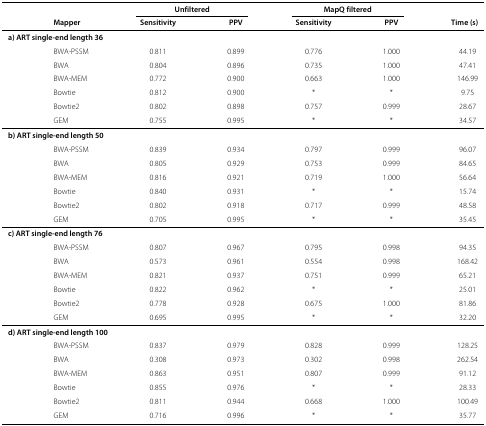
<table><thead><tr><td><b> </b></td><td><b> </b></td><td colspan="2"><b>Unfiltered</b></td><td colspan="2"><b>MapQ filtered</b></td><td><b> </b></td></tr><tr><td><b> </b></td><td><b>Mapper</b></td><td><b>Sensitivity</b></td><td><b>PPV</b></td><td><b>Sensitivity</b></td><td><b>PPV</b></td><td><b>Time (s)</b></td></tr></thead><tbody><tr><td colspan="4"> <b>a) ART single-end length 36</b></td><td> </td><td> </td><td> </td></tr><tr><td> </td><td>BWA-PSSM</td><td>0.811</td><td>0.899</td><td>0.776</td><td>1.000</td><td>44.19</td></tr><tr><td> </td><td>BWA</td><td>0.804</td><td>0.896</td><td>0.735</td><td>1.000</td><td>47.41</td></tr><tr><td> </td><td>BWA-MEM</td><td>0.772</td><td>0.900</td><td>0.663</td><td>1.000</td><td>146.99</td></tr><tr><td> </td><td>Bowtie</td><td>0.812</td><td>0.900</td><td>*</td><td>*</td><td>9.75</td></tr><tr><td> </td><td>Bowtie2</td><td>0.802</td><td>0.898</td><td>0.757</td><td>0.999</td><td>28.67</td></tr><tr><td> </td><td>GEM</td><td>0.755</td><td>0.995</td><td>*</td><td>*</td><td>34.57</td></tr><tr><td colspan="4"> <b>b) ART single-end length 50</b></td><td> </td><td> </td><td> </td></tr><tr><td> </td><td>BWA-PSSM</td><td>0.839</td><td>0.934</td><td>0.797</td><td>0.999</td><td>96.07</td></tr><tr><td> </td><td>BWA</td><td>0.805</td><td>0.929</td><td>0.753</td><td>0.999</td><td>84.65</td></tr><tr><td> </td><td>BWA-MEM</td><td>0.816</td><td>0.921</td><td>0.719</td><td>1.000</td><td>56.64</td></tr><tr><td> </td><td>Bowtie</td><td>0.840</td><td>0.931</td><td>*</td><td>*</td><td>15.74</td></tr><tr><td> </td><td>Bowtie2</td><td>0.802</td><td>0.918</td><td>0.717</td><td>0.999</td><td>48.58</td></tr><tr><td> </td><td>GEM</td><td>0.705</td><td>0.995</td><td>*</td><td>*</td><td>35.45</td></tr><tr><td colspan="4"> <b>c) ART single-end length 76</b></td><td> </td><td> </td><td> </td></tr><tr><td> </td><td>BWA-PSSM</td><td>0.807</td><td>0.967</td><td>0.795</td><td>0.998</td><td>94.35</td></tr><tr><td> </td><td>BWA</td><td>0.573</td><td>0.961</td><td>0.554</td><td>0.998</td><td>168.42</td></tr><tr><td> </td><td>BWA-MEM</td><td>0.821</td><td>0.937</td><td>0.751</td><td>0.999</td><td>65.21</td></tr><tr><td> </td><td>Bowtie</td><td>0.822</td><td>0.962</td><td>*</td><td>*</td><td>25.01</td></tr><tr><td> </td><td>Bowtie2</td><td>0.778</td><td>0.928</td><td>0.675</td><td>1.000</td><td>81.86</td></tr><tr><td> </td><td>GEM</td><td>0.695</td><td>0.995</td><td>*</td><td>*</td><td>32.20</td></tr><tr><td colspan="4"> <b>d) ART single-end length 100</b></td><td> </td><td> </td><td> </td></tr><tr><td> </td><td>BWA-PSSM</td><td>0.837</td><td>0.979</td><td>0.828</td><td>0.999</td><td>128.25</td></tr><tr><td> </td><td>BWA</td><td>0.308</td><td>0.973</td><td>0.302</td><td>0.998</td><td>262.54</td></tr><tr><td> </td><td>BWA-MEM</td><td>0.863</td><td>0.951</td><td>0.807</td><td>0.999</td><td>91.12</td></tr><tr><td> </td><td>Bowtie</td><td>0.855</td><td>0.976</td><td>*</td><td>*</td><td>28.33</td></tr><tr><td> </td><td>Bowtie2</td><td>0.811</td><td>0.944</td><td>0.668</td><td>1.000</td><td>100.49</td></tr><tr><td> </td><td>GEM</td><td>0.716</td><td>0.996</td><td>*</td><td>*</td><td>35.77</td></tr></tbody></table>